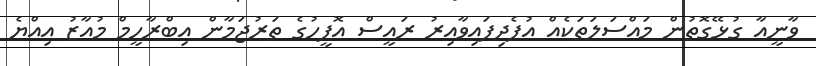
ވާނީއާ ގުޅޭގޮތުން މައްސަލަތަކެއް އުފެދިފައިވާއިރު ރައީސް އޮފީހުގެ ތަރުޖަމާން އިބްރާހީމް މުއާޒު އިއްޔެ